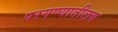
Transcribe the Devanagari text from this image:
परगण्यातीलच